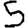
Digit: 5